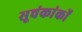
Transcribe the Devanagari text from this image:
सूचंकांकों